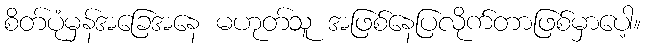
စိတ်ပုံမှန်အခြေအနေ မဟုတ်သူ အဖြစ်နေပြလိုက်တာဖြစ်မှာပေါ့။